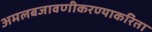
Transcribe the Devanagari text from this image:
अमलबजावणीकरण्याकरिता